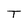
Character: T